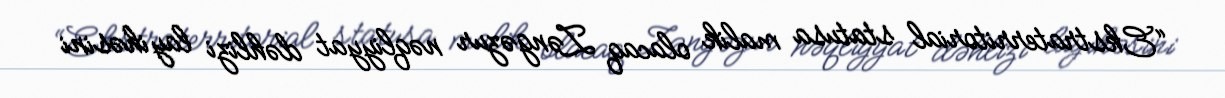
“Ekstraterritorial statusa malik olacaq Zəngəzur nəqliyyat dəhlizi layihəsini